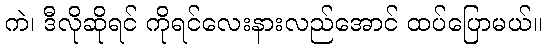
ကဲ၊ ဒီလိုဆိုရင် ကိုရင်လေးနားလည်အောင် ထပ်ပြောမယ်။